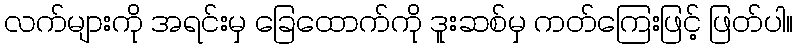
လက်များကို အရင်းမှ ခြေထောက်ကို ဒူးဆစ်မှ ကတ်ကြေးဖြင့် ဖြတ်ပါ။